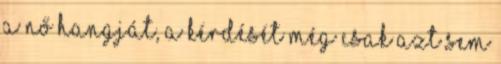
a nő hangját, a kérdését még csak azt sem